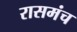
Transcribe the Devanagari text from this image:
रासमंच